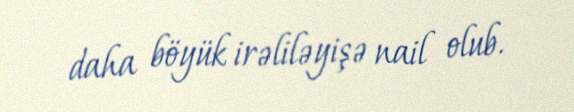
daha böyük irəliləyişə nail olub.